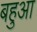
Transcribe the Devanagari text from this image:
बहुआ